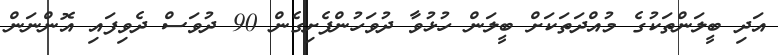
އަދި ބީލަންތަކުގެ މުއްދަތަކަށް ބީލަން ހުޅުވާ ދުވަހުންފެށިގެން 90 ދުވަސް ދެވިފައި އޮންނަން